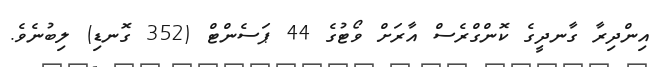
އިންދިރާ ގާނދީގެ ކޮންގްރެސް އާރަށް ވޯޓުގެ 44 ޕަސެންޓް (352 ގޮނޑި) ލިބުނެވެ.